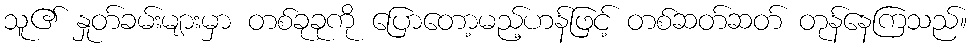
သူ၏ နှုတ်ခမ်းများမှာ တစ်ခုခုကို ပြောတော့မည့်ဟန်ဖြင့် တစ်ဆတ်ဆတ် တုန်နေကြသည်။